Annual administration and progress report of the Indian Medical Department, Bombay
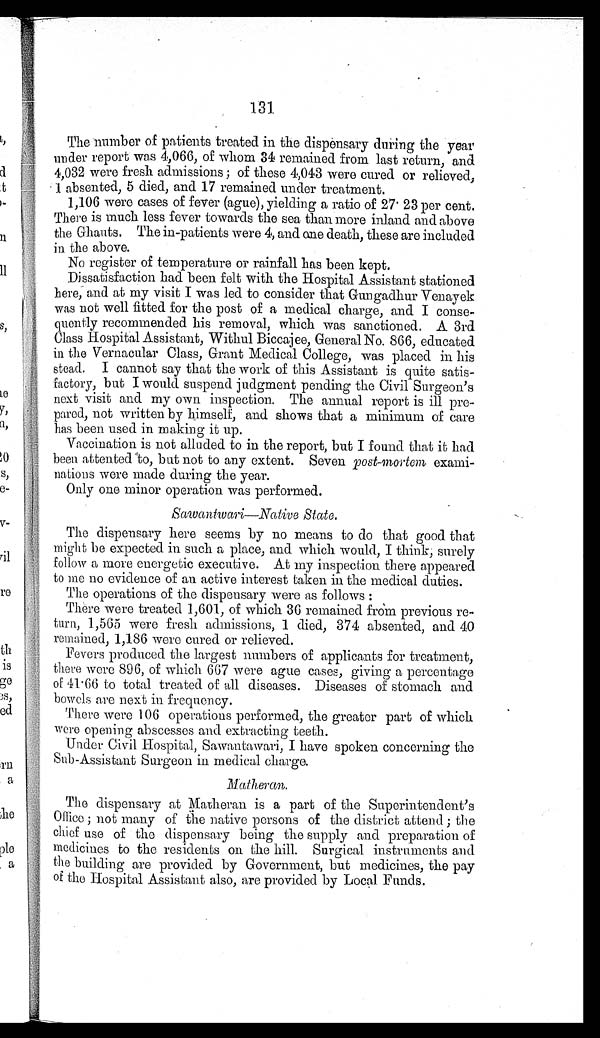
1 3 1
The number of patients treated in the dispensary during the year
under report was 4,066, of whom 34 remained from last return, and
4,032 were fresh admissions ; of these 4,043 were cured or relieved,
1 absented, 5 died, and 17 remained under treatment.
1,106 were cases of fever (ague), yielding a ratio of 27. 23 per cent,
There is much less fever towards the sea than more inland and above
the Ghants. The in-patients were 4, and one death, these are included
in the above.
No register of temperature or rainfall has been kept.
Dissatisfaction had been felt with the Hospital Assistant stationed
here, and at my visit I was led to consider that Gungadhur Venayek
was not well fitted for the post of a medical charge, and I conse-
quently recommended his removal, which was sanctioned. A 3rd
Class Hospital Assistant, Withul Biccajee, General No. 866, educated
in the Vernacular Class, Grant Medical College, was placed in his
stead. I cannot say that the work of this Assistant is quite satis-
factory, but I would suspend judgment pending the Civil Surgeon's
next visit and my own inspection. The annual report is ill pre-
pared, not written by himself, and shows that a minimum of care
has been used in making it up.
Vaccination is not alluded to in the report, but I found that it had
been attented to, but not to any extent. Seven post-mortem exami-
nations were made during the year.
Only one minor operation was performed.
S a w a n t w a r i — N a t i v e
S t a t e .
The dispensary here seems by no means to do that good that
might be expected in such a place, and which would, I think, surely
follow a more energetic executive. At my inspection there appeared
to me no evidence of an active interest taken in the medical duties.
The operations of the dispensary were as follows:
There were treated 1,601, of which 36 remained from previous re-
turn, 1,565 were fresh admissions, 1 died, 374 absented, and 40
remained, 1,186 were cured or relieved.
Fevers produced the largest numbers of applicants for treatment,
there were 896, of which 667 were ague cases, giving a percentage
of 41.66 to total treated of all diseases. Diseases of stomach and
bowels are next in frequency.
There were 106 operations performed, the greater part of which
were opening abscesses and extracting teeth.
Linder Civil Hospital, Sawantawari, I have spoken concerning the
Sub-Assistant Surgeon in medical charge.
Matheran.
The dispensary at Matheran is a part of the Superintendent's
Office ; not many of tile native persons of the district attend ; the
chief use of the dispensary being the supply and preparation of
medicines to the residents on the hill. Surgical instruments and
the building are provided by Government, but medicines, the pay
of the Hospital Assistant also, are provided by Local. Funds.